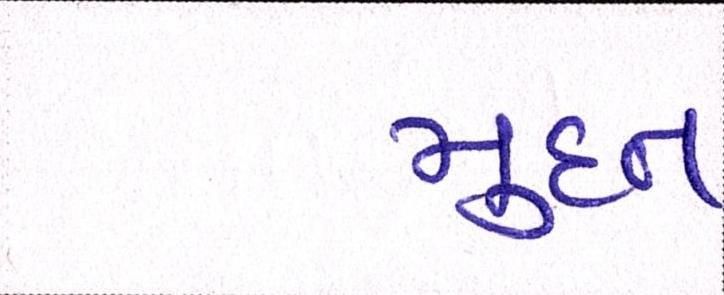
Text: મુદત